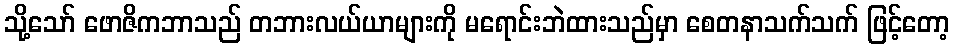
သို့သော် ဖောဇိကဘာသည် တဘားလယ်ယာများကို မရောင်းဘဲထားသည်မှာ စေတနာသက်သက် ဖြင့်တော့